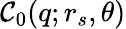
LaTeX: \mathcal{C}_{0}(q;r_{s},\theta)